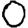
Digit: 0